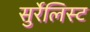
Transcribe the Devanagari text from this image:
सुर्रेलिस्ट